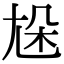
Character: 𡯦